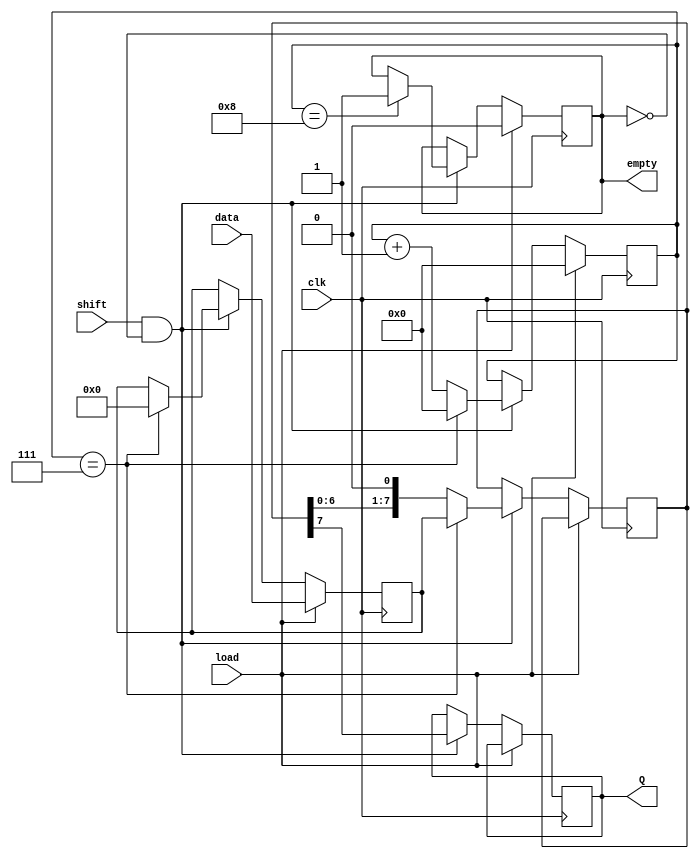
module PISO_Register (
    input wire clk,          // Clock signal
    input wire load,         // Load control signal
    input wire shift,        // Shift control signal
    input wire [n-1:0] data, // Parallel input data
    output reg Q,            // Serial output
    output reg empty         // Indicates when the register is empty
);
    parameter n = 8; // Number of bits in the register

    reg [n-1:0] stage1; // First stage register
    reg [n-1:0] stage2; // Second stage register
    reg [3:0] count;    // Counter for the number of bits shifted out

    initial begin
        stage1 = 0;
        stage2 = 0;
        Q = 0;
        count = 0;
        empty = 1; // Initially empty
    end

    always @(posedge clk) begin
        if (load) begin
            // Load data into Stage 1
            stage1 <= data;
            count <= 0; // Reset count when loading new data
            empty <= 0; // Data is now present
        end else if (shift && !empty) begin
            // Shift data from Stage 2 to output Q
            Q <= stage2[n-1]; // Output the MSB of Stage 2
            stage2 <= {stage2[n-2:0], 1'b0}; // Shift left in Stage 2
            count <= count + 1; // Increment the count of shifted bits
            
            // Transfer data from Stage 1 to Stage 2 when Stage 2 is empty
            if (count == n-1) begin
                stage2 <= stage1; // Transfer Stage 1 to Stage 2
                stage1 <= 0; // Clear Stage 1
                count <= 0; // Reset count
            end
            
            // Check if all bits have been shifted out
            if (count == n) begin
                empty <= 1; // Mark as empty when all bits are shifted out
            end
        end
    end
endmodule